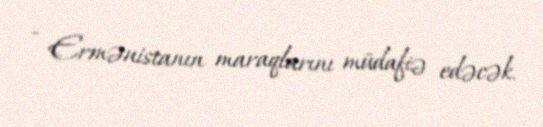
- Ermənistanın maraqlarını müdafiə edəcək.